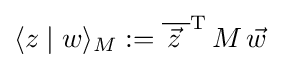
\langle z\mid w\rangle _{M}:={\overline {\,{\vec {z}}\,\,}}^{\operatorname {T} }\,M\,{\vec {w}}